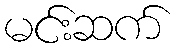
မင်းဆက်